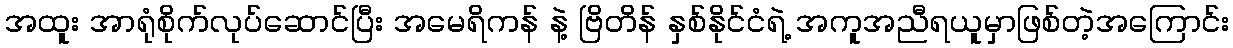
အထူး အာရုံစိုက်လုပ်ဆောင်ပြီး အမေရိကန် နဲ့ ဗြိတိန် နှစ်နိုင်ငံရဲ့ အကူအညီရယူမှာဖြစ်တဲ့အကြောင်း